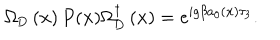
LaTeX: \Omega _ { \mathrm { D } } \left( { \bf x } \right) P ( { \bf x } ) \Omega _ { \mathrm { D } } ^ { \dagger } \left( { \bf x } \right) = e ^ { i g \beta a _ { 0 } \left( { \bf x } \right) \tau _ { 3 } } .